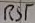
Text: RST